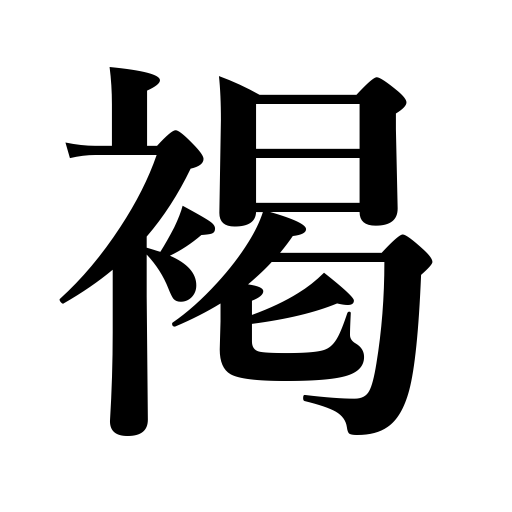
Meanings: woolen kimono